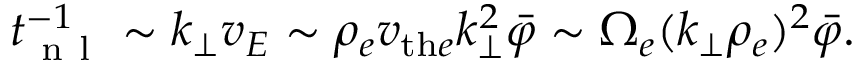
\begin{array} { r } { t _ { \mathrm { ~ n ~ l ~ } } ^ { - 1 } \sim k _ { \perp } v _ { E } \sim \rho _ { e } v _ { \mathrm { t h } e } k _ { \perp } ^ { 2 } \bar { \varphi } \sim \Omega _ { e } ( k _ { \perp } \rho _ { e } ) ^ { 2 } \bar { \varphi } . } \end{array}